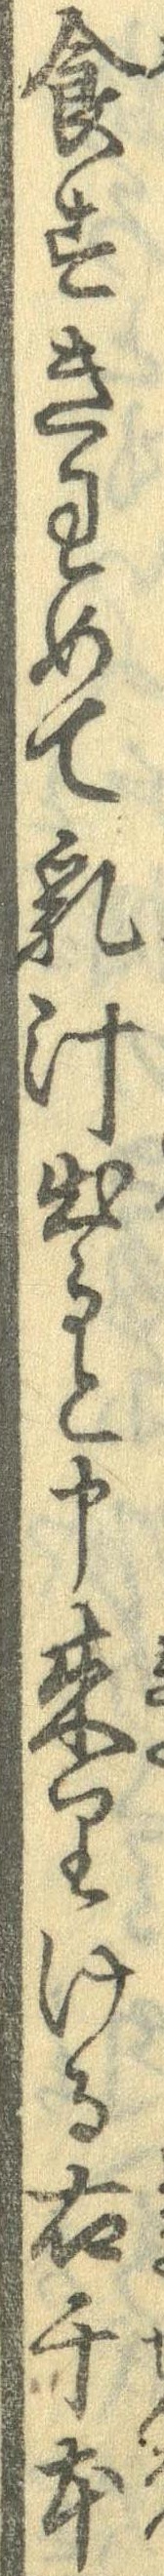
食すきわめて乳汁出ると申来りける右千本